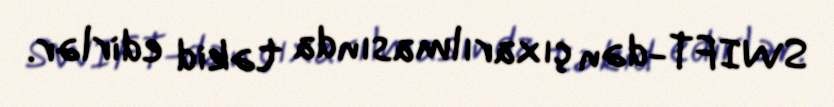
SWIFT-dən çıxarılmasında təkid edirlər.